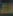
هه